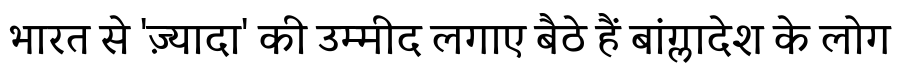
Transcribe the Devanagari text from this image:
भारत से 'ज़्यादा' की उम्मीद लगाए बैठे हैं बांग्लादेश के लोग